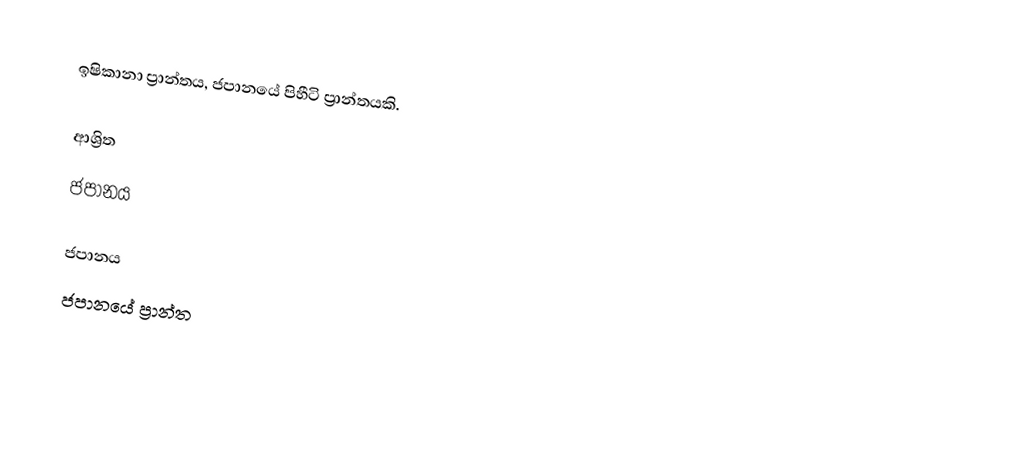
ඉෂිකානා ප්‍රාන්තය, ජපානයේ පිහීටි ප්‍රාන්තයකි.

ආශ්‍රිත
 ජපානය

ජපානය
ජපානයේ ප්‍රාන්ත